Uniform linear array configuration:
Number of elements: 24
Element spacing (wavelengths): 0.25
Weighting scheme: hann
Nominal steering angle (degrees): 30
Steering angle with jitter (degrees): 28.987
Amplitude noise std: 0.05
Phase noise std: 0.05

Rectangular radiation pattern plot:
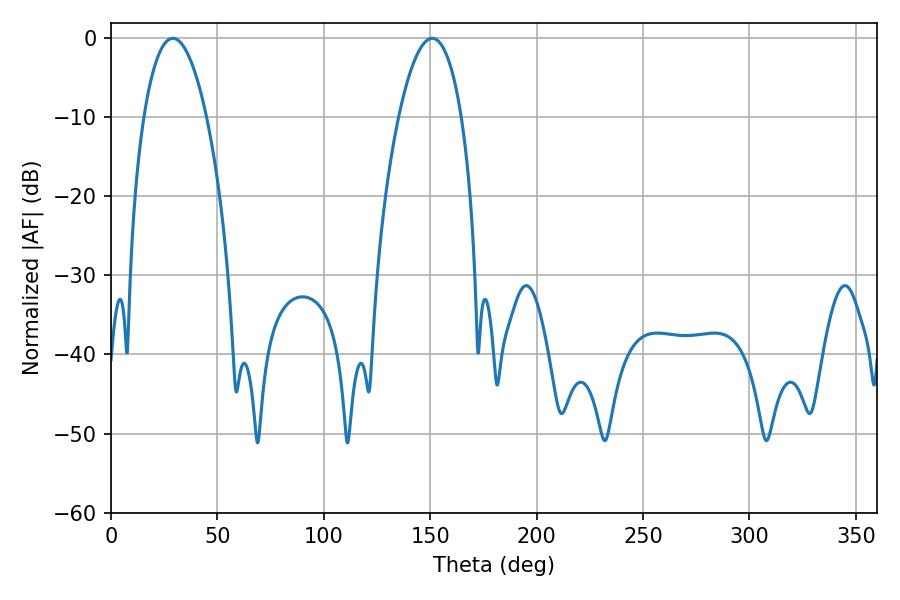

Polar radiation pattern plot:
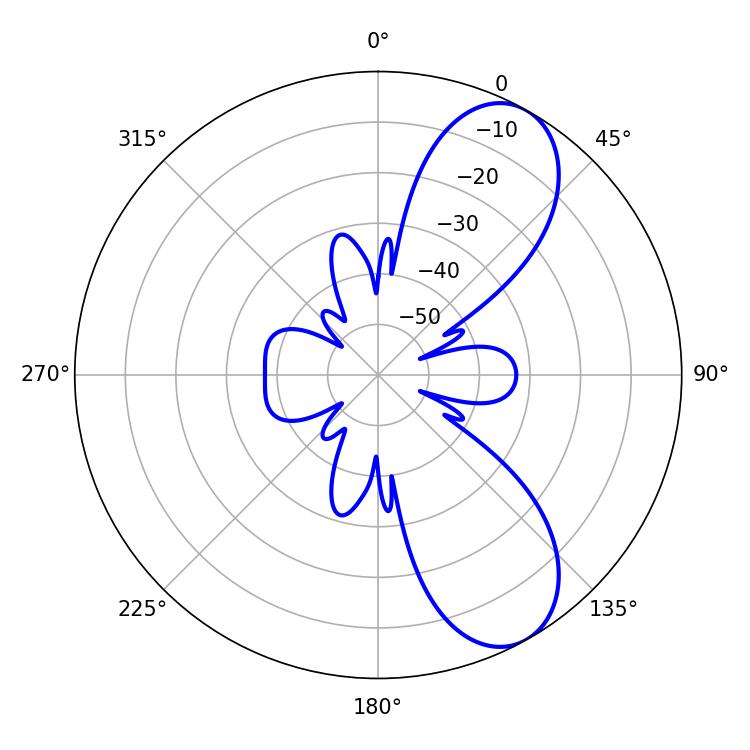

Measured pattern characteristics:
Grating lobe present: FALSE
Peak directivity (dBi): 8.242
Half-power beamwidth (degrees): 16.38
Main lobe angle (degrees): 28.98